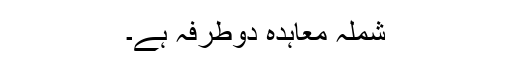
شملہ معاہدہ دوطرفہ ہے۔